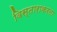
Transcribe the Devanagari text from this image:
विस्ताराकरता